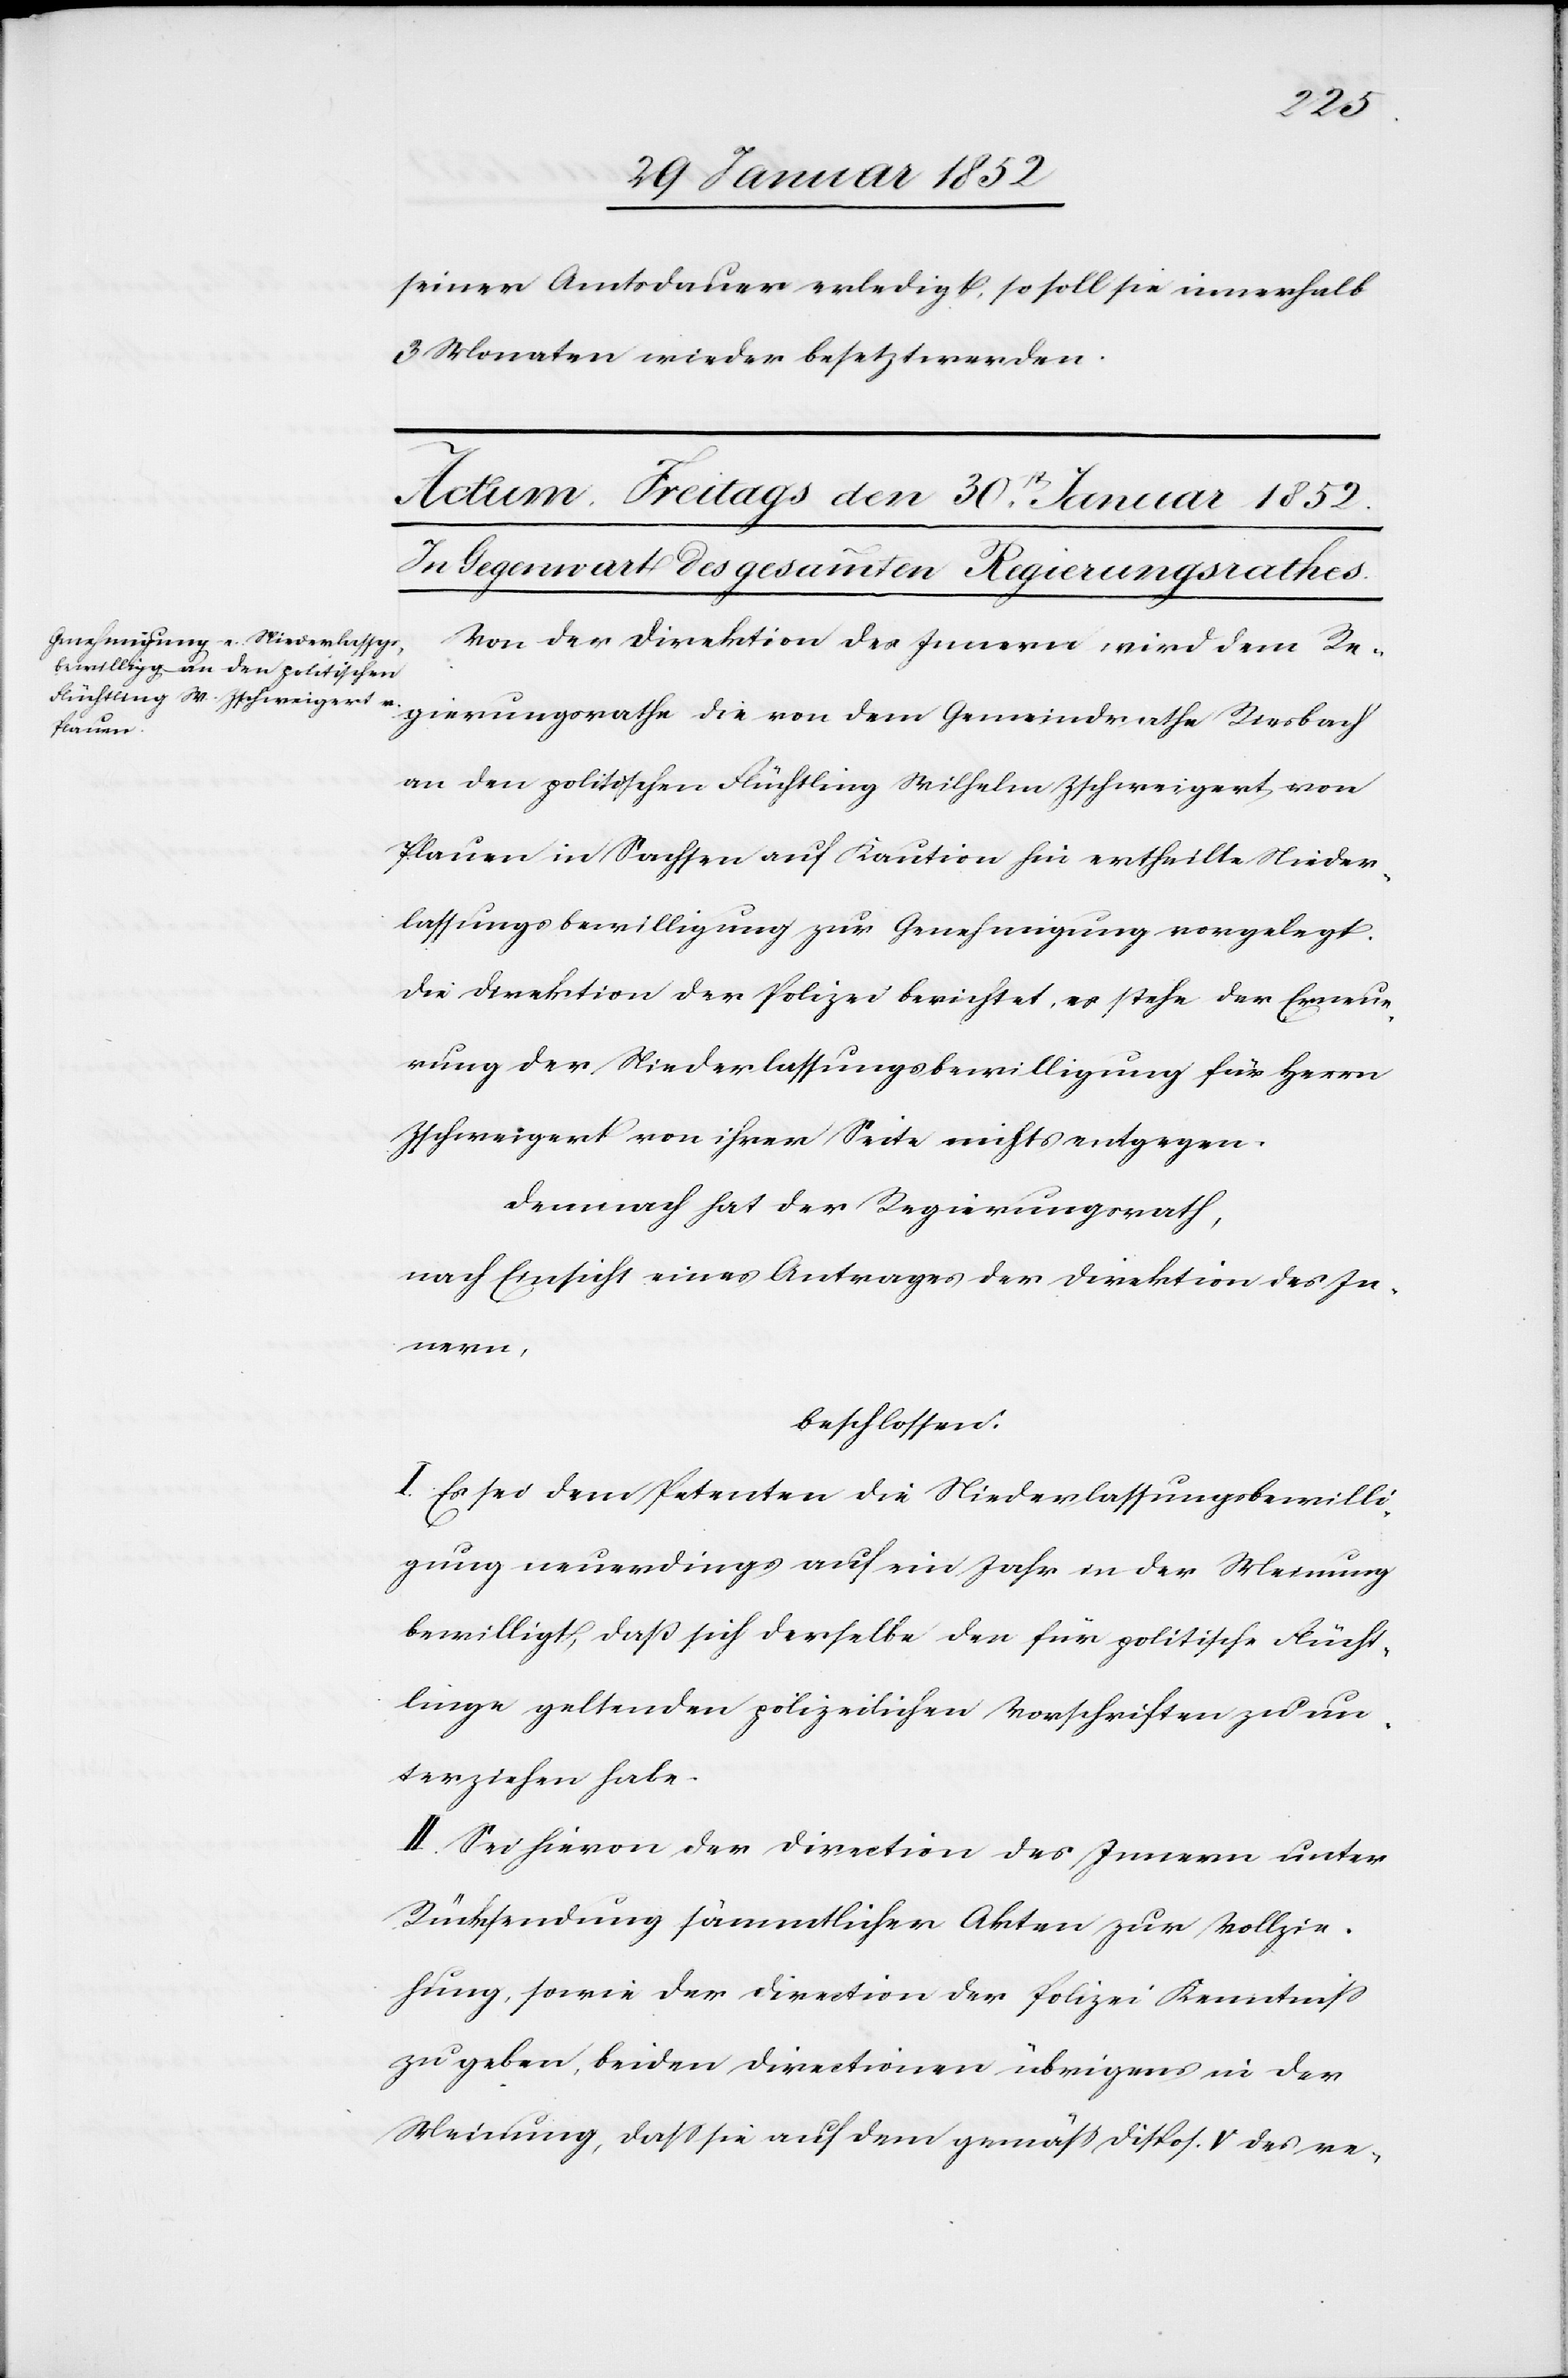
seiner Amtsdauer erledigt, so soll sie innerhalb
3 Monaten wieder besetzt werden.
Von der Direktion des Innern wird dem Re¬
gierungsrathe die von dem Gemeindrathe Riesbach
an den politischen Flüchtling Wilhelm Zschweigert von
Pfauen in Sachsen auf die Kaution hin ertheilte Nieder¬
lassungsbewilligung zur Genehmigung vorgelegt.
Die Direktion der Polizei berichtet, es stehe der Erneue¬
rung der Niederlassungsbewilligung für Herrn
Zschweigert von ihrer Seite nichts entgegen.
Demnach hat der Regierungsrath,
nach der Einsicht eines Antrages der Direktion des In¬
nern,
beschlossen:
I. Es sei dem Petenten die Niederlassungsbewilli¬
gung neuerdings auf ein Jahr in der Meinung
bewilligt, daß sich derselbe der für politische Flücht¬
linge geltenden polizeilichen Vorschriften zu un¬
terziehen habe.
II. Sei hievon der Direktion des Innern unter
Rücksendung sämmtlicher Akten zur Vollzie¬
hung, sowie der Direktion der Polizei Kenntniß
zu geben, beiden Directionen übrigens in der
Meinung, daß sie auf dem gemäß Dispos. V des re-